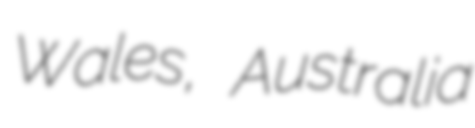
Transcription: Wales, Australia